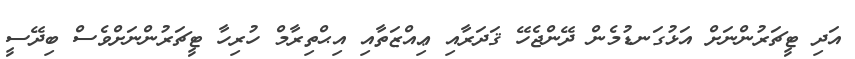
އަދި ޓީޗަރުންނަށް އަޅުގަނޑުމެން ދޭންޖެހޭ ޤަދަރާއި ޢިއްޒަތާއި އިޙްތިރާމް ހުރިހާ ޓީޗަރުންނަށްވެސް ބިދޭސީ